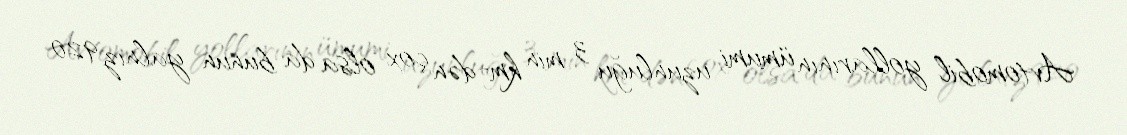
Avtomobil yollarının ümumi uzunluğu 3 min km-dən çox olsa da bunun yalnız 920